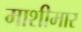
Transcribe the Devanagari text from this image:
माशीमार